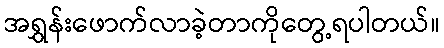
အရွှန်းဖောက်လာခဲ့တာကိုတွေ့ရပါတယ်။